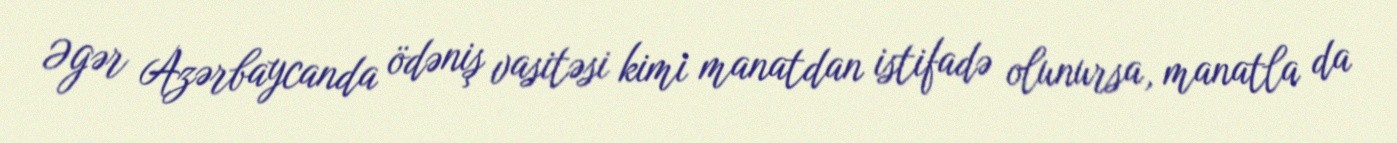
Əgər Azərbaycanda ödəniş vasitəsi kimi manatdan istifadə olunursa, manatla da